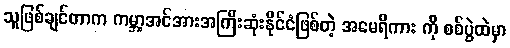
သူဖြစ်ချင်တာက ကမ္ဘာ့အင်အားအကြီးဆုံးနိုင်ငံဖြစ်တဲ့ အမေရိကား ကို စစ်ပွဲထဲမှာ